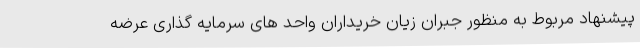
پیشنهاد مربوط به منظور جبران زیان خریداران واحد های سرمایه گذاری عرضه